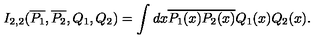
I _ { 2 , 2 } ( \overline { { P _ { 1 } } } , \overline { { P _ { 2 } } } , Q _ { 1 } , Q _ { 2 } ) = \int d x \overline { { P _ { 1 } ( x ) } } \overline { { P _ { 2 } ( x ) } } Q _ { 1 } ( x ) Q _ { 2 } ( x ) .